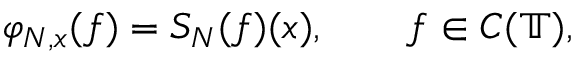
\varphi _ { N , x } ( f ) = S _ { N } ( f ) ( x ) , \qquad f \in C ( \mathbb { T } ) ,